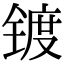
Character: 镀